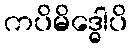
ကပိမိဒ္ဓေါပိ